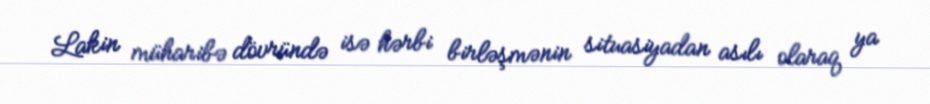
Lakin müharibə dövründə isə hərbi birləşmənin situasiyadan asılı olaraq ya